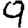
Digit: 9